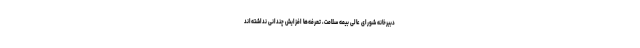
دبیرخانه شورای عالی بیمه سلامت، تعرفه‌ها افزایش چندانی نداشته‌اند